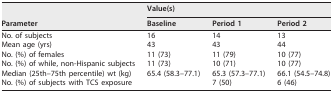
<table><thead><tr><td rowspan="2"><b>Parameter</b></td><td colspan="3"><b>Value(s)</b></td></tr><tr><td><b>Baseline</b></td><td><b>Period 1</b></td><td><b>Period 2</b></td></tr></thead><tbody><tr><td>No. of subjects</td><td>16</td><td>14</td><td>13</td></tr><tr><td>Mean age (yrs)</td><td>43</td><td>43</td><td>44</td></tr><tr><td>No. (%) of females</td><td>11 (73)</td><td>11 (79)</td><td>10 (77)</td></tr><tr><td>No. (%) of while, non-Hispanic subjects</td><td>11 (73)</td><td>10 (71)</td><td>10 (77)</td></tr><tr><td>Median (25th–75th percentile) wt (kg)</td><td>65.4 (58.3–77.1)</td><td>65.3 (57.3–77.1)</td><td>66.1 (54.5–74.8)</td></tr><tr><td>No. (%) of subjects with TCS exposure</td><td></td><td>7 (50)</td><td>6 (46)</td></tr></tbody></table>